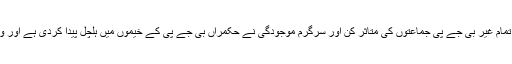
فی الحال بنگلور میں کماراسوامی کی حلف برداری کی تقریب میں تمام غیر بی جے پی جماعتوں کی متاثر کن اور سرگرم موجودگی نے حکمراں بی جے پی کے خیموں میں ہلچل پیدا کردی ہے اور وہ اس کا توڑ تلاش کرنے کی جان توڑ کوششوں میں مصروف ہے۔